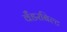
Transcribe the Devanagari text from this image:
वँडरबिल्ट